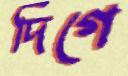
দিগে